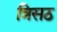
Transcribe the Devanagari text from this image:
त्रिसठ